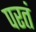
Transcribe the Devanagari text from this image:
परतं